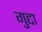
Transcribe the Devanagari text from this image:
गुद्दा